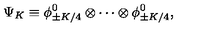
\Psi _ { K } \equiv \phi _ { \pm K / 4 } ^ { 0 } \otimes \cdots \otimes \phi _ { \pm K / 4 } ^ { 0 } ,